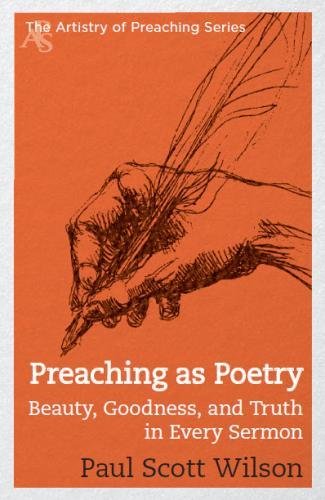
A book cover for Preaching as Poetry: Beauty, Goodness, and Truth in Every Sermon (The Artistry of Preaching Series); Paul Scott Wilson; Christian Books & Bibles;